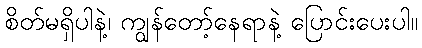
စိတ်မရှိပါနဲ့၊ ကျွန်တော့်နေရာနဲ့ ပြောင်းပေးပါ။